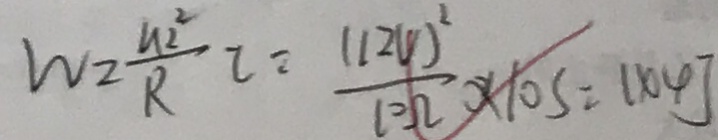
W = \frac { 1 1 2 ^ { 2 } } { R } l = \frac { ( 1 2 V ) ^ { 2 } } { 1 0 \Omega } \times 1 0 s = 1 4 4 J